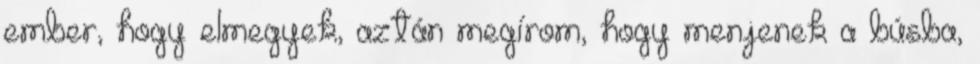
ember, hogy elmegyek, aztán megírom, hogy menjenek a búsba,